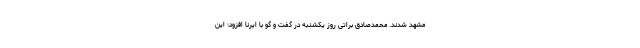
مشهد شدند. محمدصادق براتی روز یکشنبه در گفت و گو با ایرنا افزود: این